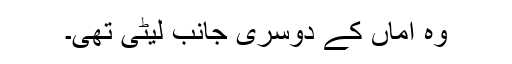
وہ اماں کے دوسری جانب لیٹی تھی۔